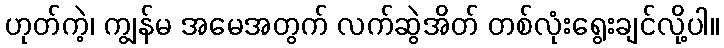
ဟုတ်ကဲ့၊ ကျွန်မ အမေအတွက် လက်ဆွဲအိတ် တစ်လုံးရွေးချင်လို့ပါ။